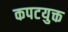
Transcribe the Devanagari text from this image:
कपटयुक्त